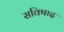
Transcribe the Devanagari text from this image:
सविषाद